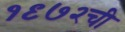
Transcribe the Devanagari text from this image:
१९७२ची